38_143685_box_Incident_Summaries_101-172
Agency: Department of War
Page 110
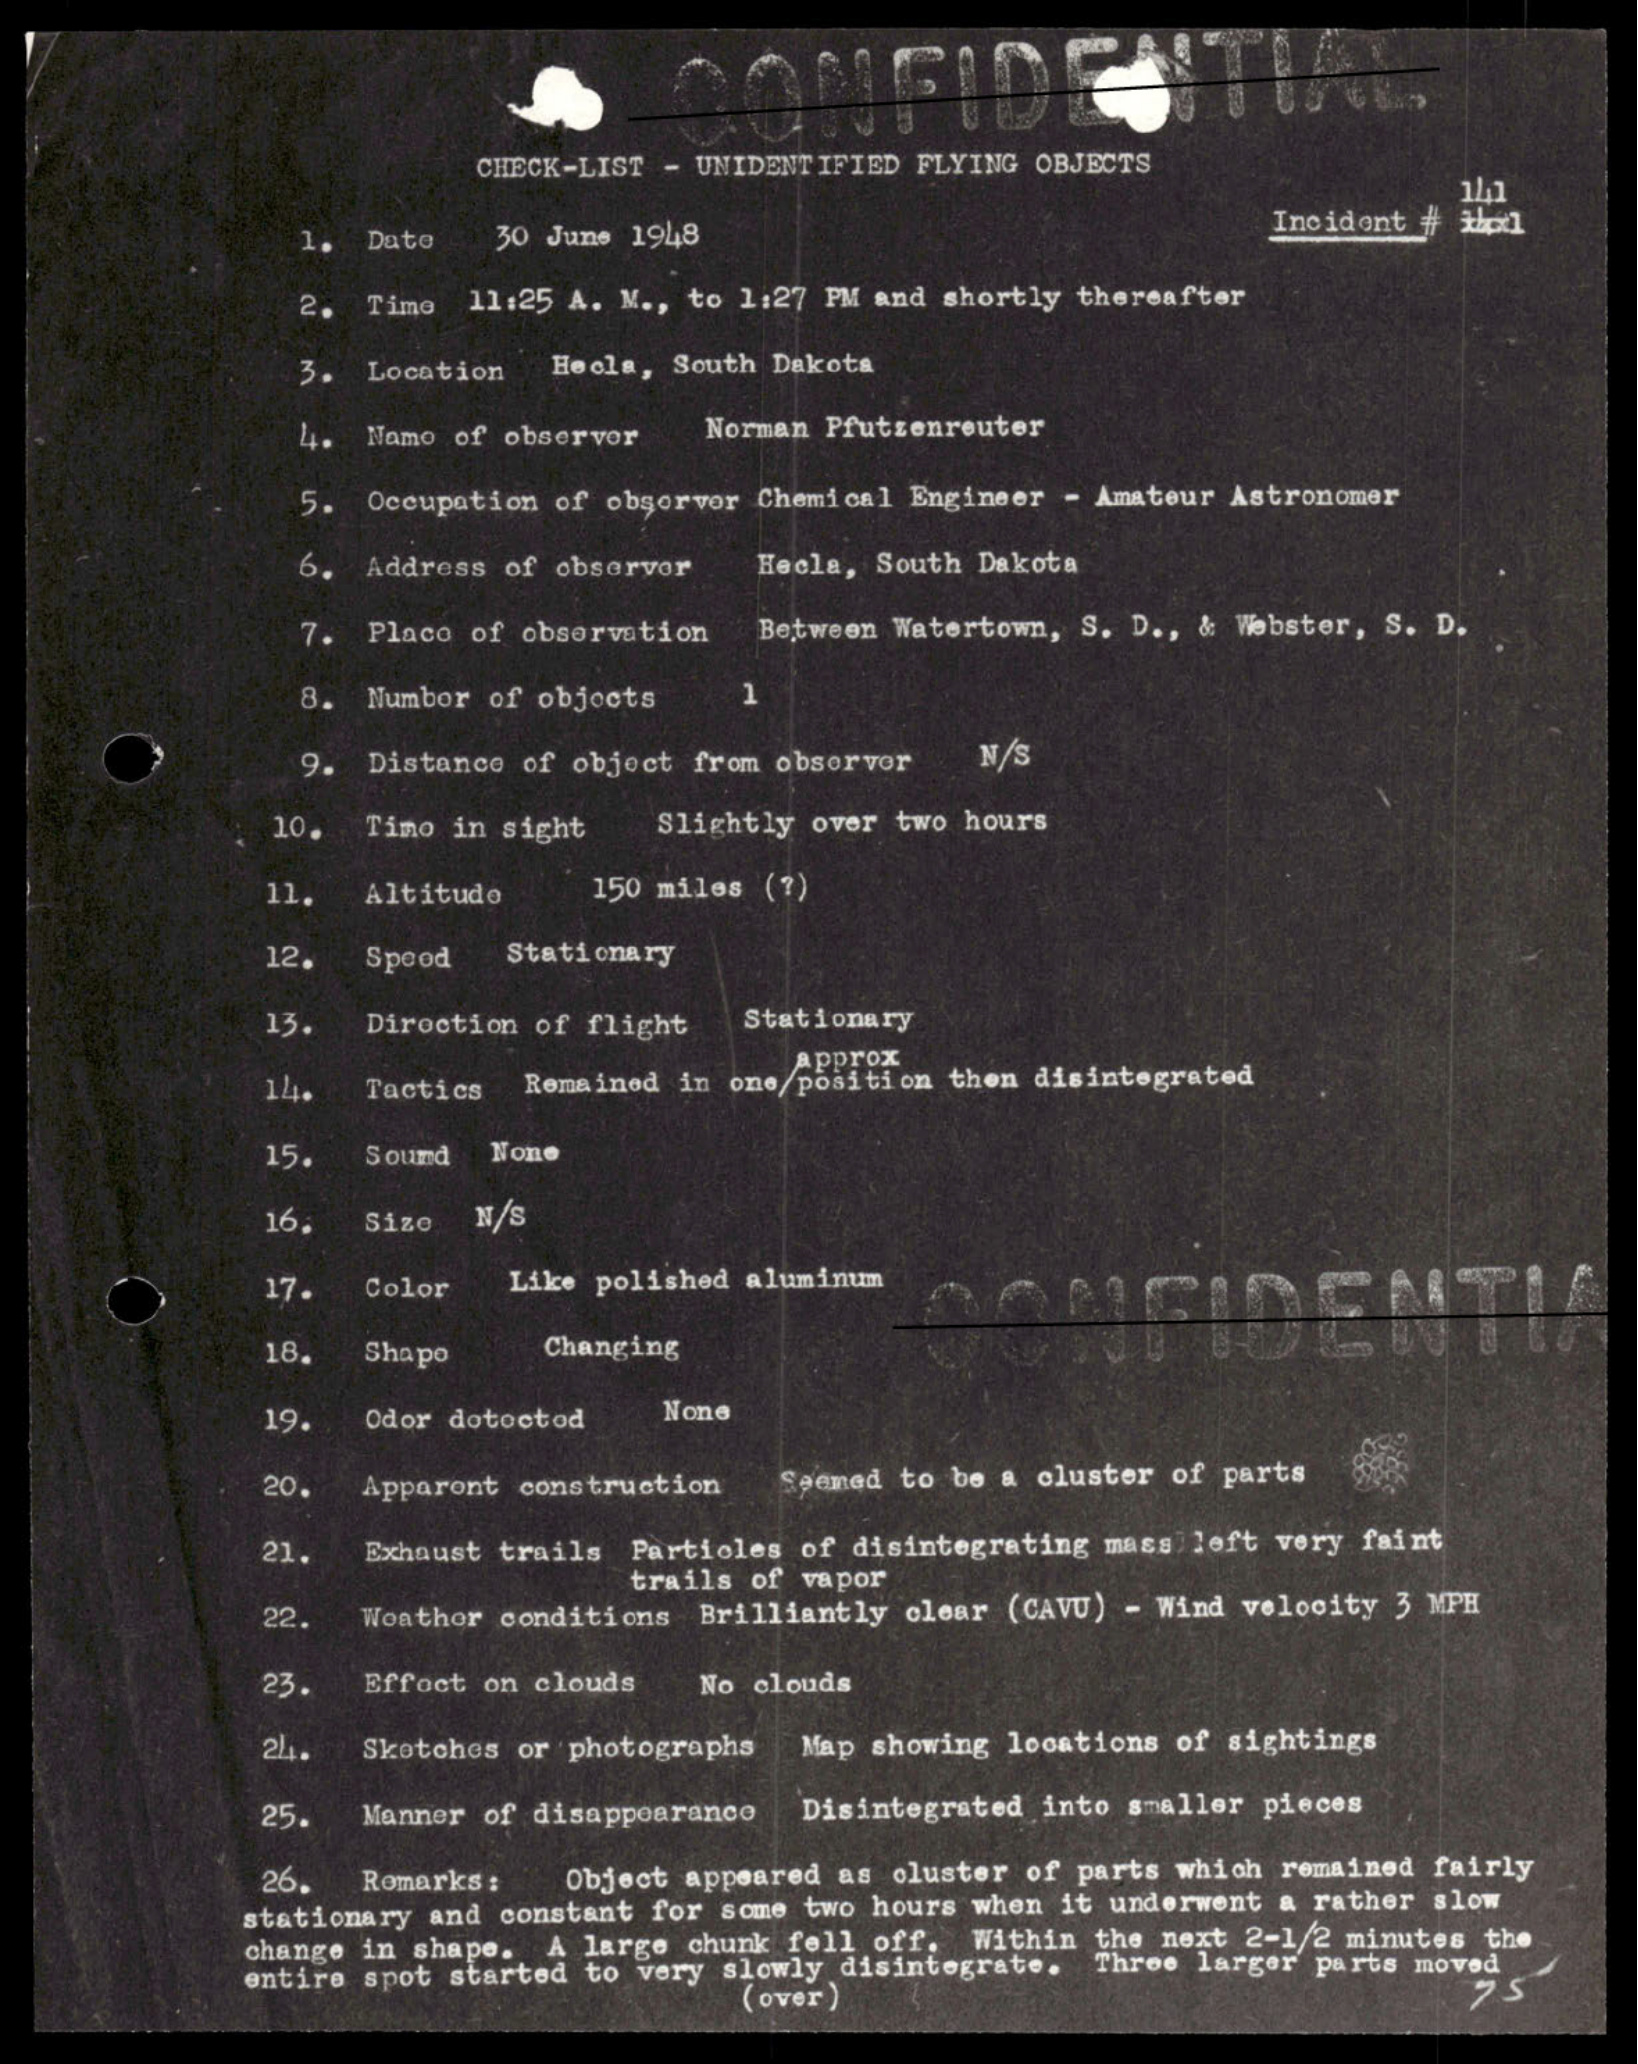